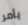
يأمر